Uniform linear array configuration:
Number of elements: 12
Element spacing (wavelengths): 1
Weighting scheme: hamming
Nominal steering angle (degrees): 30
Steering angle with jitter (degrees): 28.475
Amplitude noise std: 0.05
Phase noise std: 0.05

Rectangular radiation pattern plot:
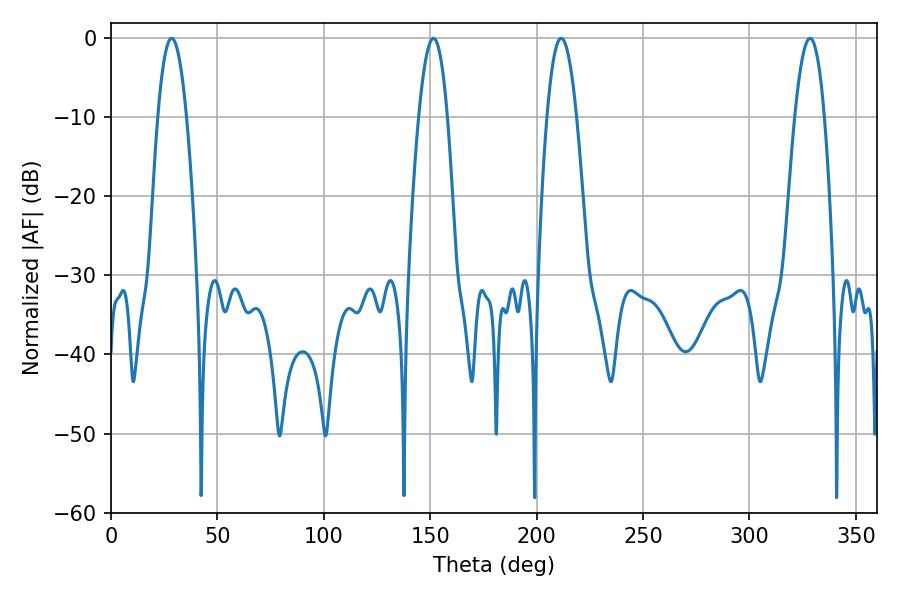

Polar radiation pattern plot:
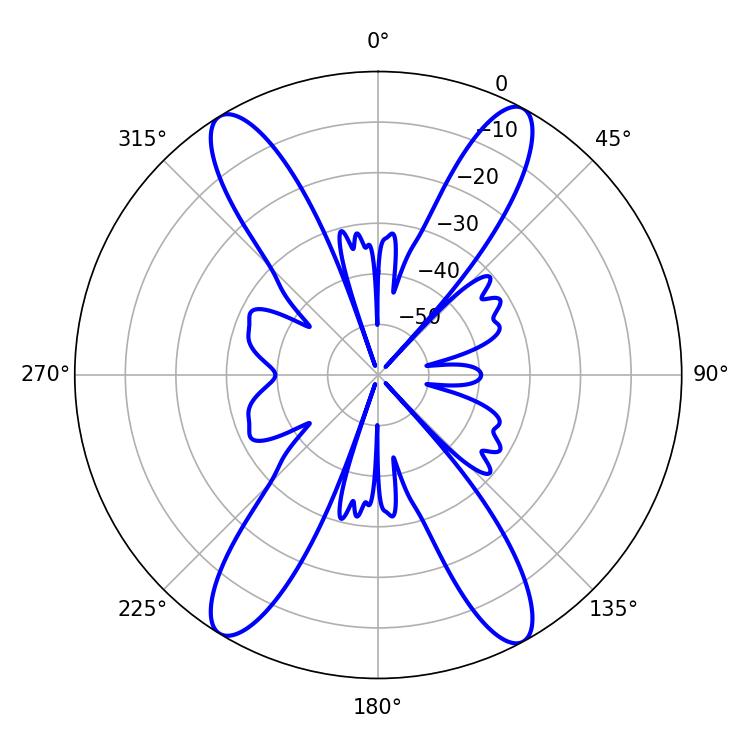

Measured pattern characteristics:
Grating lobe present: TRUE
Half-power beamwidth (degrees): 7.74
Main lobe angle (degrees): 211.5